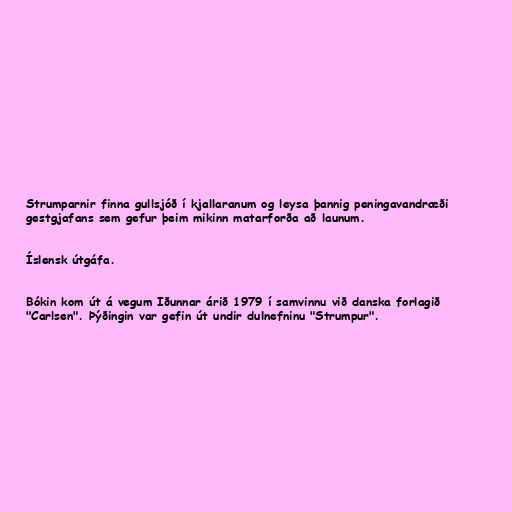
Strumparnir finna gullsjóð í kjallaranum og leysa þannig peningavandræði
gestgjafans sem gefur þeim mikinn matarforða að launum.

Íslensk útgáfa.

Bókin kom út á vegum Iðunnar árið 1979 í samvinnu við danska forlagið
"Carlsen". Þýðingin var gefin út undir dulnefninu "Strumpur".